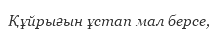
Құйрығын ұстап мал берсе,